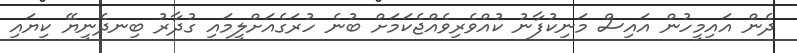
ދެން އައިމީހުން އައިސް މަނިކުފާނު ކުއްވެރިވެއްޖެކަމަށް ބުނެ ހުރަގެއަށްލީމައި ގުދާރު ބިނދެނީޔޭ ކިޔައި